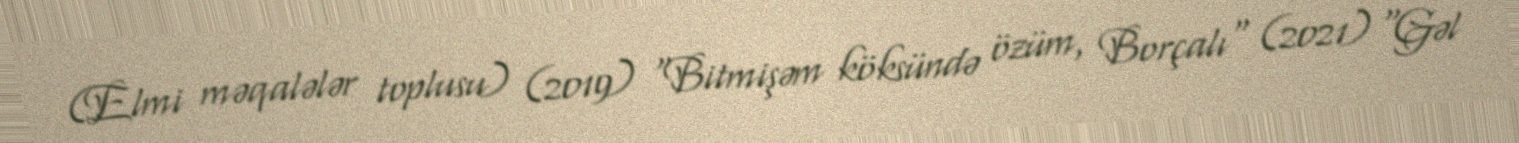
(Elmi məqalələr toplusu) (2019) "Bitmişəm köksündə özüm, Borçalı" (2021) "Gəl